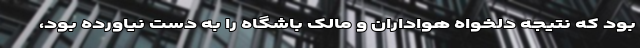
بود که نتیجه دلخواه هواداران و مالک باشگاه را به دست نیاورده بود،